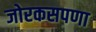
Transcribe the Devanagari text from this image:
जोरकसपणा